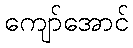
ကျော်အောင်